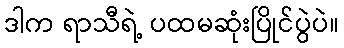
ဒါက ရာသီရဲ့ ပထမဆုံးပြိုင်ပွဲပဲ။